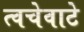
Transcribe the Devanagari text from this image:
त्वचेवाटे